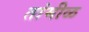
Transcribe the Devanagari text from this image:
तांमीळ